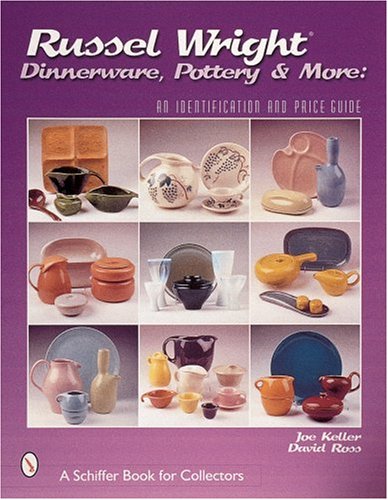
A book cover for Russel Wright, Dinnerware,Pottery & More: (Schiffer Book for Collectors); Joe Keller; Crafts, Hobbies & Home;